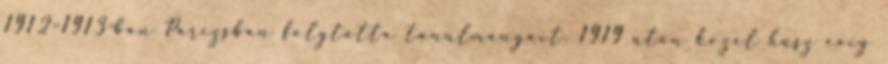
1912–1913-ban Párizsban folytatta tanulmányait. 1919 után közel húsz évig